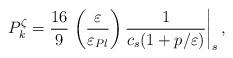
LaTeX: \begin{align*}P_{k}^{\zeta }=\frac{16}{9}\left. \left( \frac{\varepsilon }{\varepsilon_{Pl}}\right) {\frac{1}{c_{s}(1+p/\varepsilon )}}\right| _{s},\end{align*}